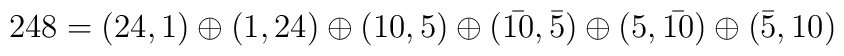
248=(24,1)\oplus (1,24)\oplus (10,5)\oplus (\bar{10},\bar{5})\oplus (5,\bar{10})\oplus (\bar{5},10)